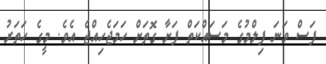
ފަސް ވަނަ ފިލްމުގެ މަސައްކަތް ފަށާ ގޮތަށް ހަމަޖެހިއްޖެ އެވެ. މީގެ ހަތަރު